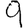
Digit: 9